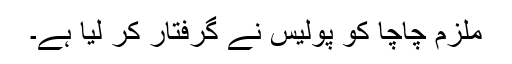
ملزم چاچا کو پولیس نے گرفتار کر لیا ہے۔